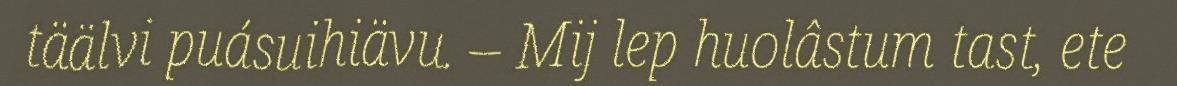
täälvi puásuihiävu. – Mij lep huolâstum tast, ete